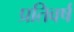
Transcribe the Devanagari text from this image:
प्रतिवर्ष